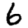
Digit: 6